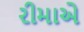
રીમાએ